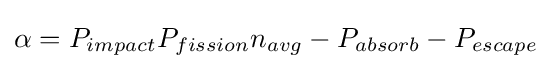
\alpha =P_{impact}P_{fission}n_{avg}-P_{absorb}-P_{escape}